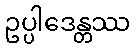
ဥပ္ပါဒေန္တဿ